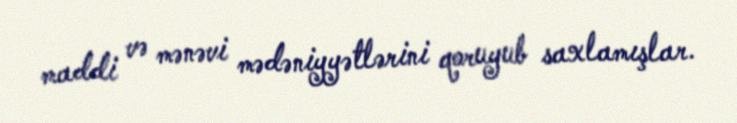
maddi və mənəvi mədəniyyətlərini qoruyub saxlamışlar.